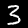
Label: 3